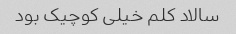
سالاد کلم خیلی کوچیک بود